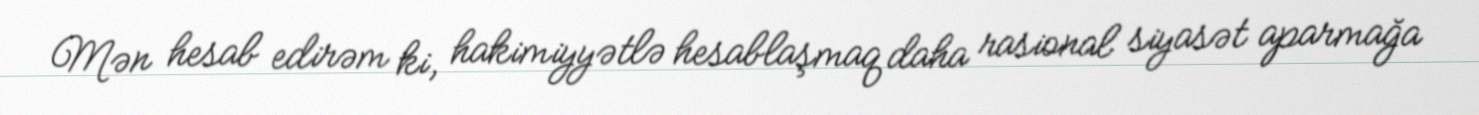
Mən hesab edirəm ki, hakimiyyətlə hesablaşmaq daha rasional siyasət aparmağa